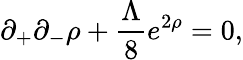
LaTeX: \partial_{+}\partial_{-}\rho+\frac{\Lambda}{8}e^{2\rho}=0,